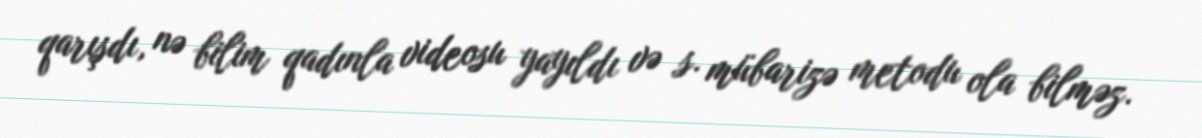
qarışdı, nə bilim qadınla videosu yayıldı və s. mübarizə metodu ola bilməz.